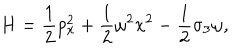
H = \frac { 1 } { 2 } p _ { x } ^ { 2 } + \frac { 1 } { 2 } \omega ^ { 2 } x ^ { 2 } - \frac { 1 } { 2 } \sigma _ { 3 } \omega ,